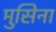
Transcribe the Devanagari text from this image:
मुसिना